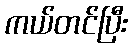
ကယ်တင်ပြီး